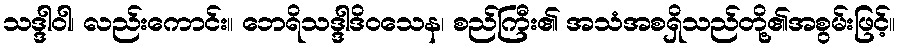
သဒ္ဒါဝါ၊ လည်းကောင်း။ ဘေရိသဒ္ဒါဒိဝသေန၊ စည်ကြီး၏ အသံအစရှိသည်တို့၏အစွမ်းဖြင့်။